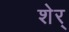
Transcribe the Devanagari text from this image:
शेर्